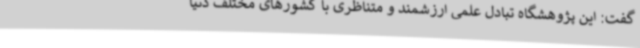
گفت: این پژوهشگاه تبادل علمی ارزشمند و متناظری با کشورهای مختلف دنیا